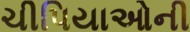
ચીપિયાઓની